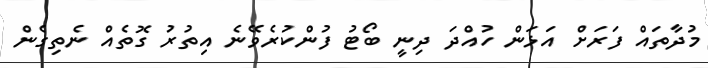
މުދާތައް ފަރަށް އަޅަން ހުއްދަ ދިނީ ބޯޓު ފުންކުރެވޭނެ އިތުރު ގޮތެއް ނެތިގެން